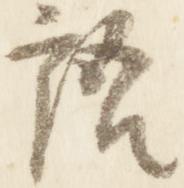
語